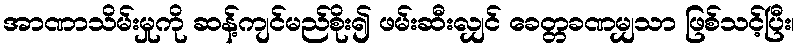
အာဏာသိမ်းမှုကို ဆန့်ကျင်မည်စိုး၍ ဖမ်းဆီးလျှင် ခေတ္တခဏမျှသာ ဖြစ်သင့်ပြီး၊